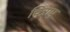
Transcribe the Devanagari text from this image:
चित्रापु